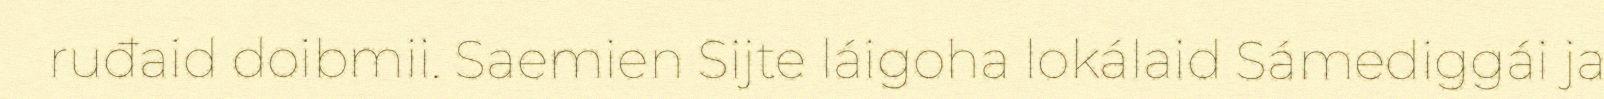
ruđaid doibmii. Saemien Sijte láigoha lokálaid Sámediggái ja